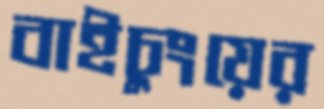
বাইচুংয়ের